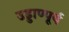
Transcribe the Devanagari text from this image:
उड्डाण्पूर्व